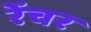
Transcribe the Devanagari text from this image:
रेंचर